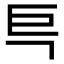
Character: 巪